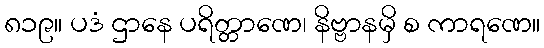
၈၁၉။ ပဒံ ဌာနေ ပရိတ္တာဏေ၊ နိဗ္ဗာနမှိ စ ကာရဏေ။